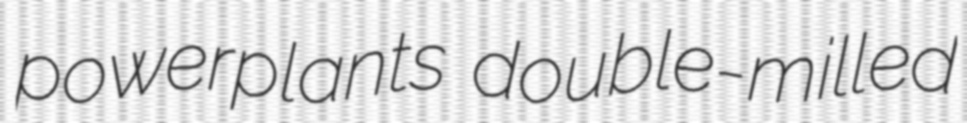
powerplants double-milled